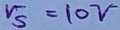
Text: V5=10V